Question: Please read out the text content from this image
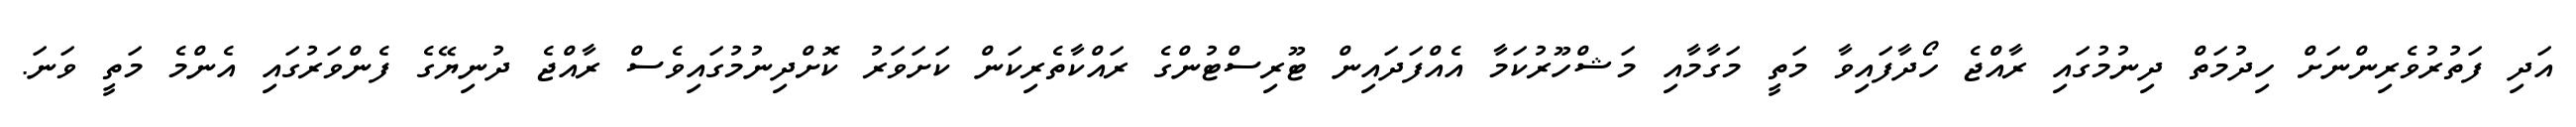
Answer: އަދި ފަތުރުވެރިންނަށް ހިދުމަތް ދިނުމުގައި ރާއްޖެ ހޯދާފައިވާ މަތީ މަގާމާއި މަޝްހޫރުކަމާ އެއްފަދައިން ޓޫރިސްޓުންގެ ރައްކާތެރިކަން ކަށަވަރު ކޮށްދިނުމުގައިވެސް ރާއްޖެ ދުނިޔޭގެ ފެންވަރުގައި އެންމެ މަތީ ވަނަ.